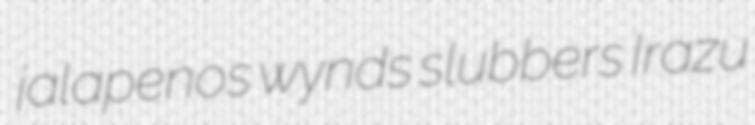
jalapenos wynds slubbers Irazu